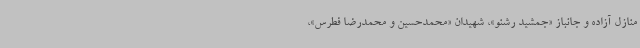
منازل آزاده و جانباز «جمشید رشنو»، شهیدان «محمدحسین و محمدرضا فطرس»،